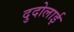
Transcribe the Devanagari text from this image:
दुदोलाई